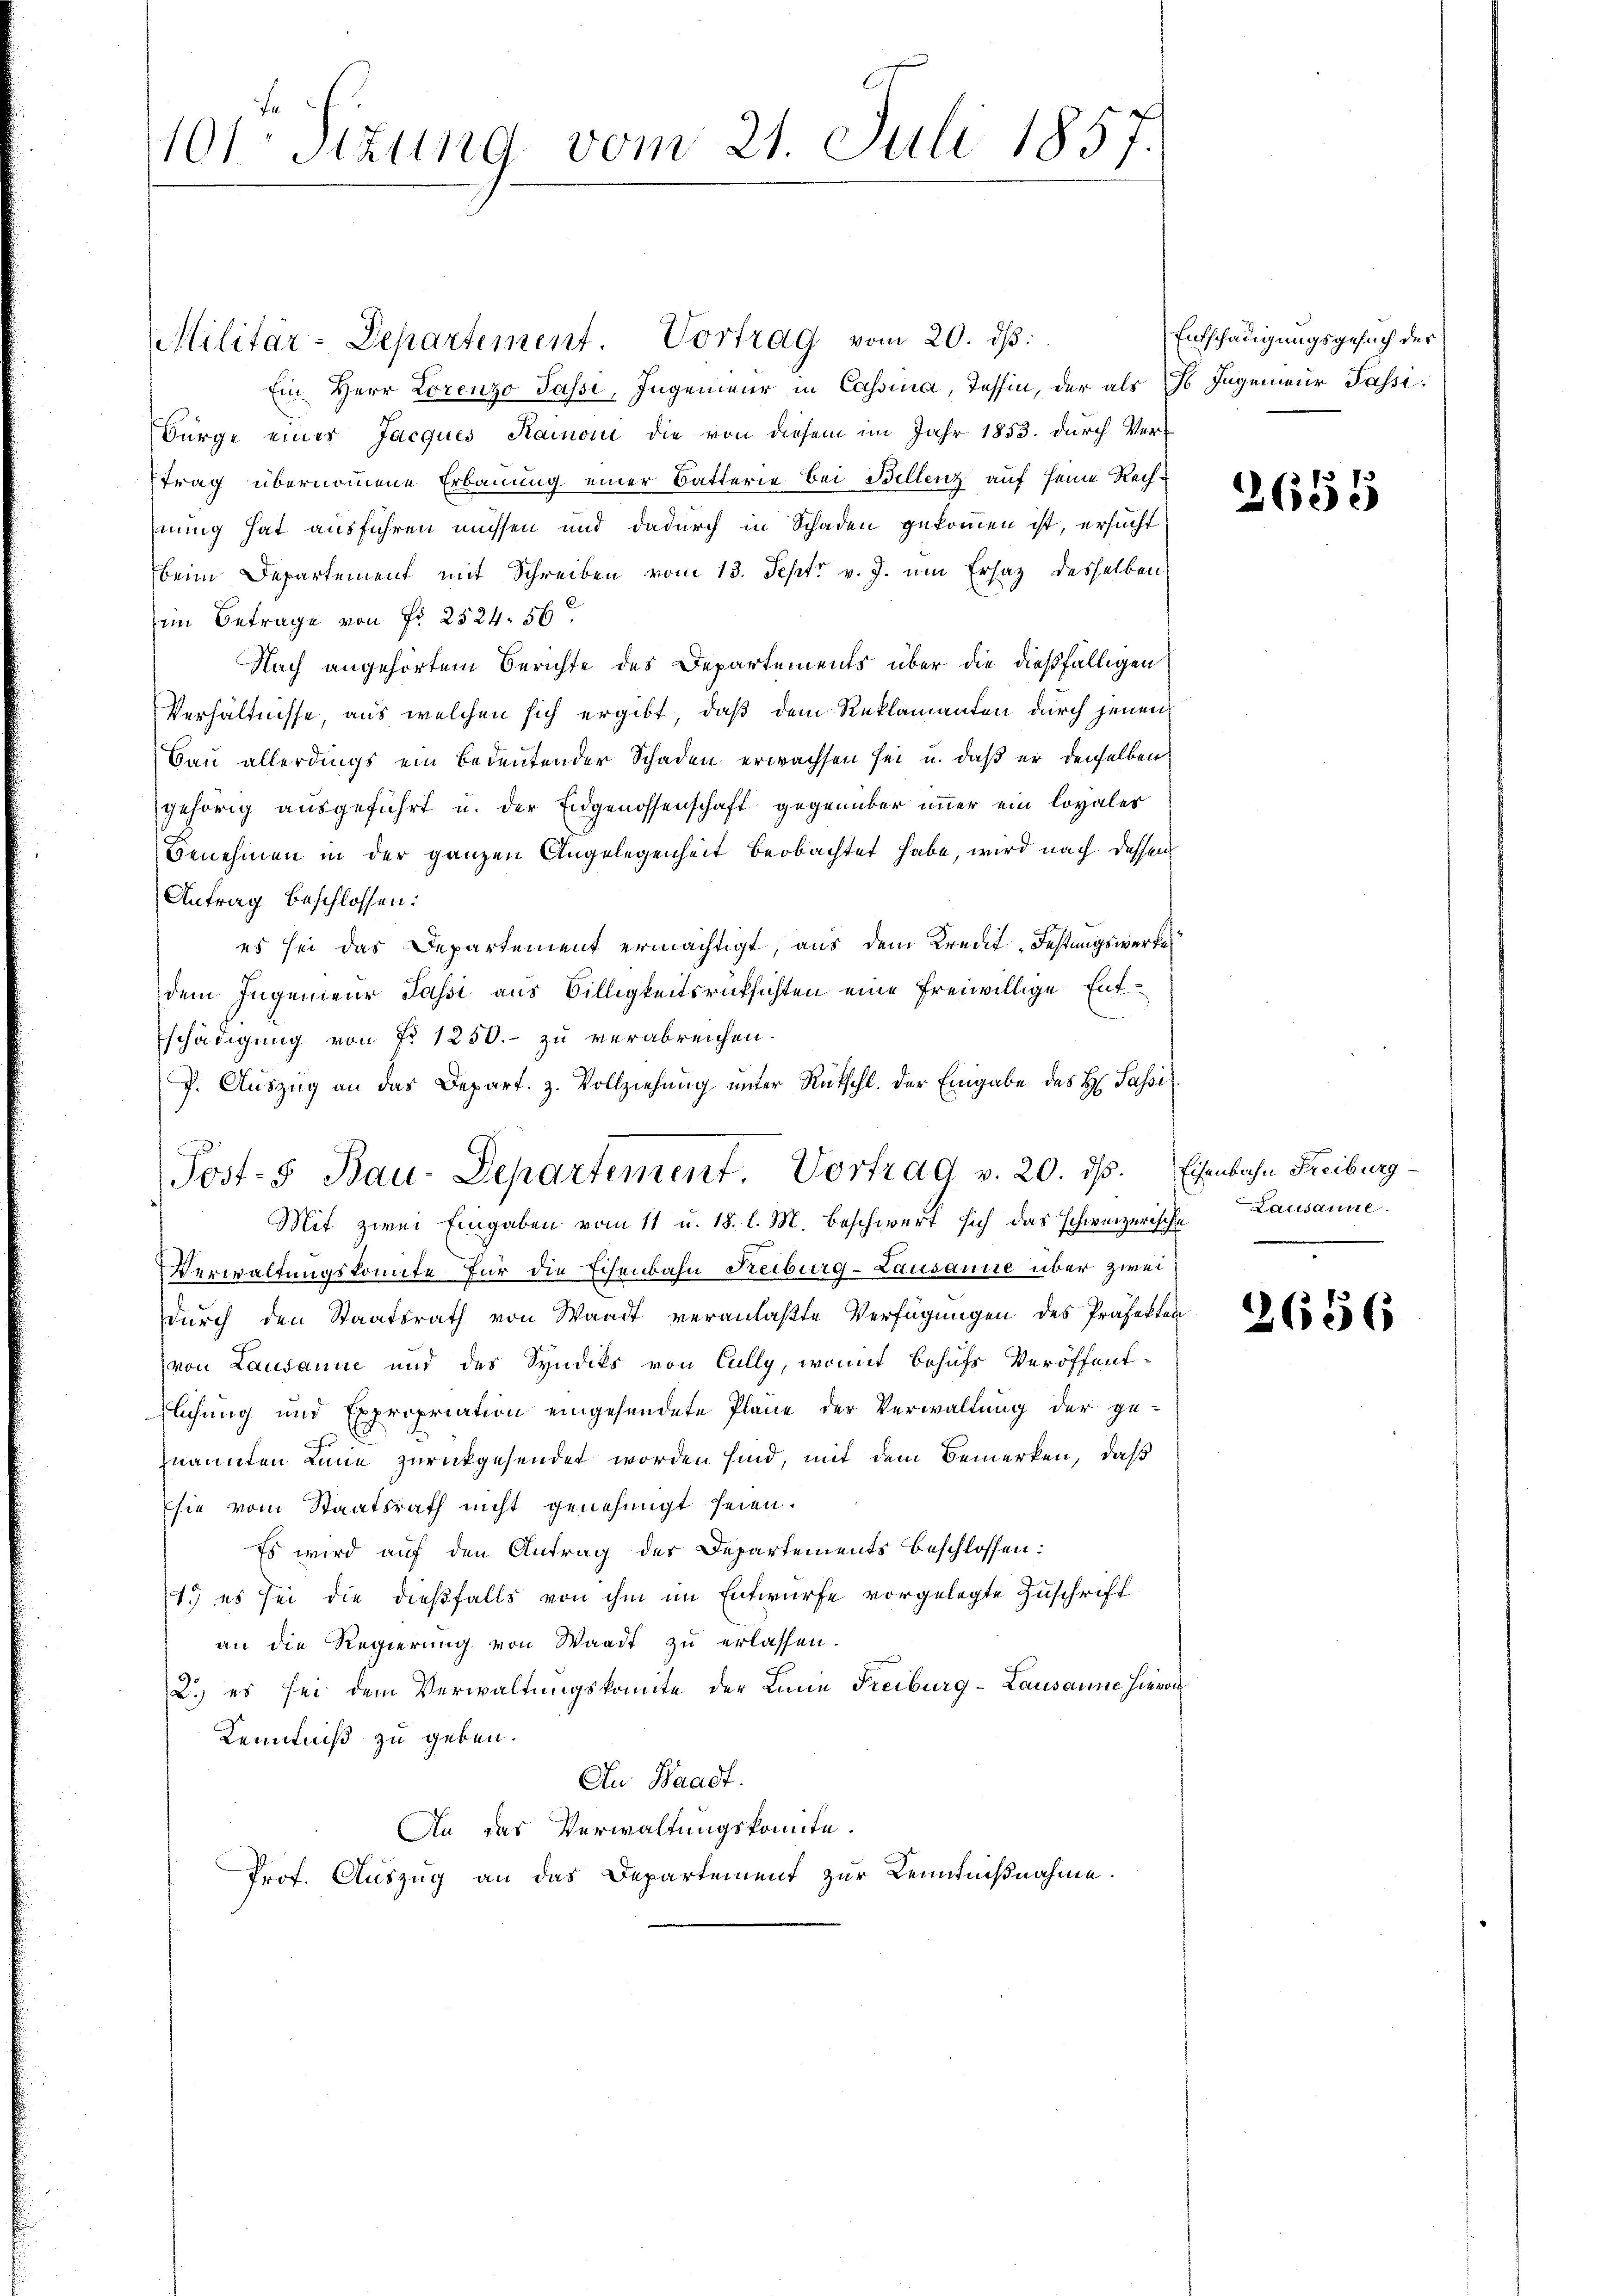
1101. Sitzung vom 21. Juli 1857.

Militär-Departement. Vortrag vom 20. dβ.
Ein Herr Lorenzo Passi, Ingenieur in Cassina, Tessin, der als ds Ingenieur Passi
Bürge einer Jacques Rainon die von diesem im Jahr 1853. durch Ver-
trag übernommene Erbauung einer Batterie bei Bellenz auf seine Rechnung hat ausführen müssen und dadurch in Schaden gekommen ist, ersucht
beim Departement mit Schreiben vom 13. Sept v. J. um Ersatz desselben
ein Betrage von Fr. 2524. 56
Nach angehörtem Berichte des Departements über die dießfälligen
Verhältnisse, aus welchen sich ergibt, daß dem Reklamanten durch jenen
Bau allerdings ein bedeutender Schaden erwachsen sei u. daß er derselben
gehörig ausgeführt u. der Eidgenossenschaft gegenüber immer ein loyales
Benehmen in der ganzen Angelegenheit beobachtet habe, wird nach dessen
Antrag beschlossen:
es sei das Departement ermächtigt, aus dem Kredit-Festungswerke
dem Ingenieur Passi aus Billigkeitsrücksichten eine freiwillige Entschädigung von No 1250.- zu verabreichen.
P. Aŭszŭg an das Depart. z. Vollziehŭng ŭnter Rütschl. der Eingabe des H. Passi
Post- u Bau-Departement. Vortrag v. 20. ds. Eisenbahn Freiburg
Mit zwei Eingaben vom 11 u. 18. l. M. beschwert sich das schweizerische Lausanne.
Verwaltungskomite für die Eisenbahn Reiburg-Lausanne über zwei
durch den Staatsrath von Waadt veranlaßte Verfügungen des Präfekten
von Lausanne und des Syndiks von Cully, womit behufs Veröffent-
flichung und Expropriation eingesendete Plane der Verwaltung der ge-
znannten Linie zurückgesendet worden sind, mit dem Bemerken, daß
sie vom Staatsrath nicht genehmigt seien.
Es wird auf den Antrag des Departements beschlossen:
1.) es sei die dießfalls von ihm im Entwurfe vorgelegte Zuschrift
an die Regierŭng von Waadt zŭ erlassen.
2.) es sei dem Verwaltungskomite der Linie Freiburg - Lausanne hievon
Kenntniß zu geben.
Au Waadt.
An das Verwaltungskomite.
Prof. Auszug an das Departement zur Kenntnißnahme.

Entschädigungsgesuch der

2654

2656